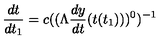
\frac { d t } { d t _ { 1 } } = c ( ( \Lambda \frac { d y } { d t } ( t ( t _ { 1 } ) ) ) ^ { 0 } ) ^ { - 1 }